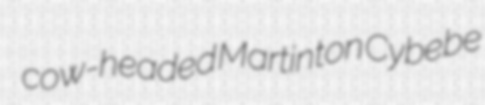
cow-headed Martinton Cybebe